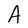
Character: A